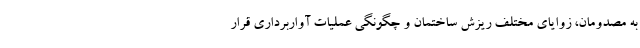
به مصدومان، زوایای مختلف ریزش ساختمان و چگونگی عملیات آواربرداری قرار